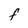
Character: F